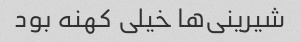
شیرینی‌ها خیلی کهنه بود